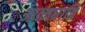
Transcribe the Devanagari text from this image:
आत्मघाति